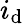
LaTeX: i_{\mathrm{d}}